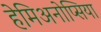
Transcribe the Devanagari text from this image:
हेमिअनोप्सिया